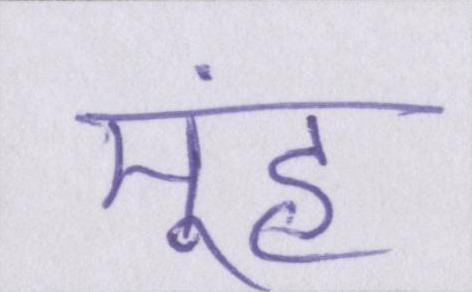
मूंह